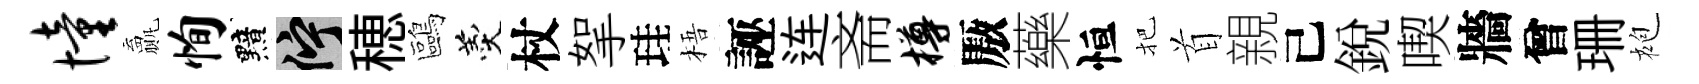
憧贏恂黯伫穂鷗羹杖挐珪梧誣连斋樽厫藥恒把首親己銳喫牆曾珊袍